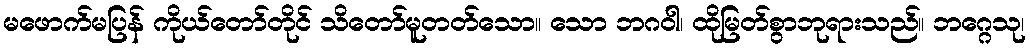
မဖောက်မပြန် ကိုယ်တော်တိုင် သိတော်မူတတ်သော။ သော ဘဂဝါ၊ ထိုမြတ်စွာဘုရားသည်။ ဘဂ္ဂေသု၊